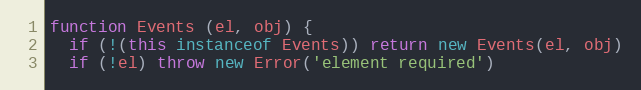
Language: JavaScript
function Events (el, obj) {
  if (!(this instanceof Events)) return new Events(el, obj)
  if (!el) throw new Error('element required')